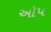
ઑપ